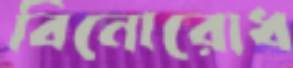
বিনোরোধ